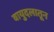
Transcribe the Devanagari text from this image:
वायुदलातून